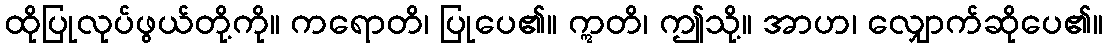
ထိုပြုလုပ်ဖွယ်တို့ကို။ ကရောတိ၊ ပြုပေ၏။ ဣတိ၊ ဤသို့။ အာဟ၊ လျှောက်ဆိုပေ၏။